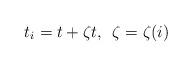
LaTeX: \begin{align*}t_i = t + \zeta t, \,\,\, \zeta=\zeta(i)\end{align*}